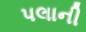
પલાની